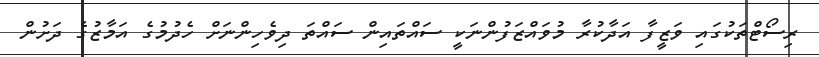
ރިސޯޓްތަކުގައި ވަޒީފާ އަދާކުރާ މުވައްޒަފުންނަކީ ސައްތައިން ސައްތަ ދިވެހިންނަށް ހެދުމުގެ އަމާޒުގެ ދަށުން